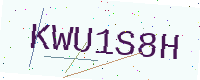
Text: KWU1S8H